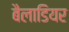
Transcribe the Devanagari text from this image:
बैलाडियर